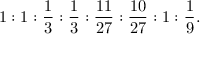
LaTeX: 1 : 1 : \frac { 1 } { 3 } : \frac { 1 } { 3 } : \frac { 1 1 } { 2 7 } : \frac { 1 0 } { 2 7 } : 1 : \frac { 1 } { 9 } .